Report of the Indian Hemp Drugs Commission, 1894-1895 - Volume VII
Year: 1894
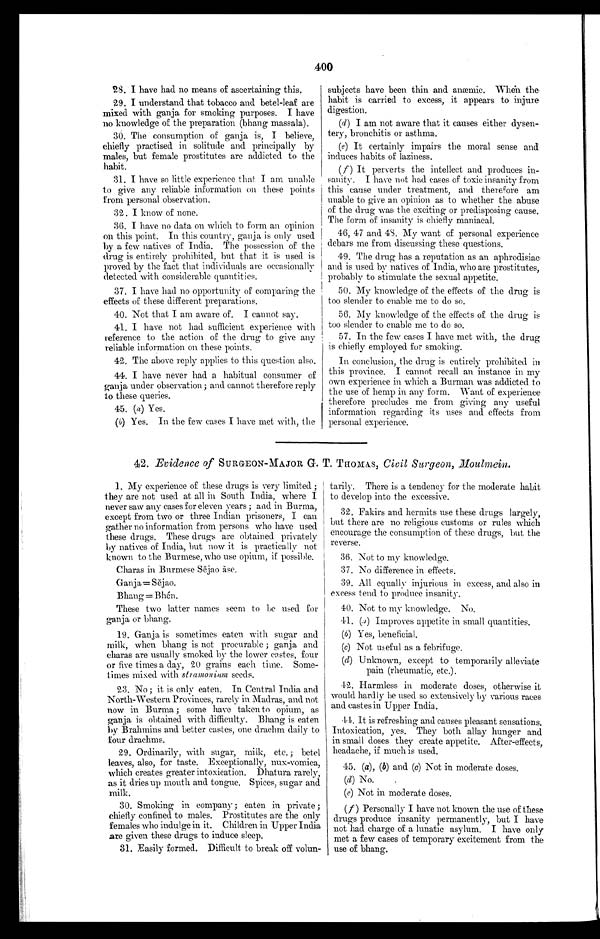
400
28. I have had no means of ascertaining this.
29. I understand that tobacco and betel-leaf are
mixed with ganja for smoking purposes. I have
no knowledge of the preparation (bhang massala).
30. The consumption of ganja is, I believe,
chiefly practised in solitude and principally by
males, but female prostitutes are addicted to the
habit.
31. I have so little experience that I am unable
to give any reliable information on these points
from personal observation.
32. I know of none.
36. I have no data on which to form an opinion
on this point. In this country, ganja is only used
by a few natives of India. The possession of the
drug is entirely prohibited, but that it is used is
proved by the fact that individuals are occasionally
detected with considerable quantities.
37. I have had no opportunity of comparing the
effects of these different preparations.
40. Not that I am aware of. I cannot say.
41. I have not had sufficient experience with
reference to the action of the drug to give any
reliable information on these points.
42. The above reply applies to this question also.
44. I have never had a habitual consumer of
ganja, under observation ; and cannot therefore reply
to these queries.
45. (a) Yes.
(b) Yes. In the few cases I have met with, the
subjects have been thin and anæmic. When the
habit is carried to excess, it appears to injure
digestion.
(d) I am not aware that it causes either dysen
- t e r y , b r o n c h i t i s o r a s t h m a .
(e) It certainly impairs the moral sense and
induces habits of laziness.
(f ) It perverts the intellect and produces in-
sanity. I have not had cases of toxic insanity from
this cause under treatment, and therefore am
unable to give an opinion as to whether the abuse
of the drug was the exciting or predisposing cause.
The form of insanity is chiefly maniacal.
46, 47 and 48. My want of personal experience
debars me from discussing these questions.
49. The drug has a reputation as an aphrodisiac
and is used by natives of India, who are prostitutes,
probably to stimulate the sexual appetite.
50. My knowledge of the effects of the drug is
too slender to enable me to do so.
56. My knowledge of the effects of the drug is
too slender to enable me to do so.
57. In the few cases I have met with, the drug
is chiefly employed for smoking.
In conclusion, the drug is entirely prohibited in
this province. I cannot recall an instance in my
own experience in which a Burman was addicted to
the use of hemp in any form. Want of experience
therefore precludes me from giving any useful
information regarding its uses and effects from
personal experience.
42. Evidence of SURGEON-MAJOR G. T. TH OMAS, Civil Surgeon, Moulmein.
1. My experience of these drugs is very limited ;
they are not used at all in South India, where I
never saw any cases for eleven years ; and in Burma,
except from two or three Indian prisoners, I can
gather no information from persons who have used
these drugs. These drugs are obtained privately
by natives of India, but now it is practically not
known to the Burmese, who use opium, if. possible.
Charas in Burmese Sĕjao ăse.
Ganja=Sĕjao.
Bhang = Bhén
These two latter names seem to be used for
ganja or bhang.
19. Ganja is sometimes eaten with sugar and
milk, when bhang is not procurable ; ganja and
charas are usually smoked by the lower castes, four
or five times a day, 20 grains each time. Some-
times mixed with stramonium seeds.
23. No ; it is only eaten. In Central India and
North-Western Provinces, rarely in Madras, and not
now in Burma ; some have taken to opium, as
ganja is obtained with difficulty. Bhang is eaten
by Brahmins and better castes, one drachm daily to
four drachms.
29. Ordinarily, with sugar, milk, etc. ; betel
leaves, also, for taste. Exceptionally, nux-vomica,
which creates greater intoxication. Dhatura rarely,
as it dries up mouth and. tongue. Spices, sugar and milk.
30. Smoking in company; eaten in private;
chiefly confined to males. Prostitutes are the only
females who indulge in it. Children in Upper India
are given these drugs to induce sleep.
31. Easily formed. Difficult to break off volun-
tarily. There is a tendency for the moderate habit
to develop into the excessive.
32. Fakirs and hermits use these drugs largely,
but there are no religious customs or rules which
encourage the consumption of these drugs, but the
reverse.
36. Not to my knowledge.
37. No difference in effects.
39. All equally injurious in excess, and also in
excess tend to produce insanity.
40. Not to my knowledge. No.
44. (a) Improves appetite in small quantities.
(b) Yes, beneficial.
(c) Not useful as a febrifuge.
(d) Unknown, except to temporarily alleviate
pain (rheumatic, etc.).
42. Harmless in moderate doses, otherwise it
would hardly be used so extensively by various races
and castes in Upper India..
44. It is refreshing and causes pleasant sensations.
Intoxication, yes. They both allay hunger and
in small doses they create appetite. After-effects,
headache, if much is used.
45. (a) , (b) and (c) Not in moderate doses.
(d) No.
(e) Not in moderate doses.
( f ) Personally I have not known the use of these
drugs produce insanity permanently, but I have
not had charge of a lunatic asylum. I have only
met a few cases of temporary excitement from the
use of bhang.